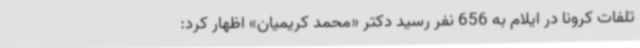
تلفات کرونا در ایلام به 656 نفر رسید دکتر «محمد کریمیان» اظهار کرد: